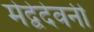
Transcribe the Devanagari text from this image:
मेद्वेदेवनी